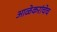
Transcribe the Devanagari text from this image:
आळेकरांचेच